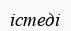
істеді